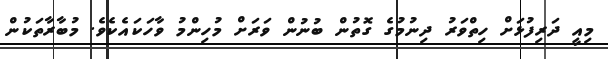
މިއީ ދަރިފުޅަށް ހިތްވަރު ދިނުމުގެ ގޮތުން ބުނުން ވަރަށް މުހިންމު ވާހަކައެކެވެ. މުބާރާތަކުން